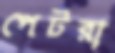
পেটরা